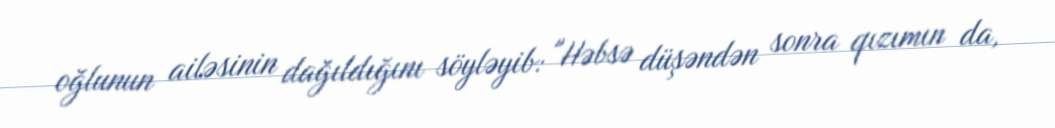
oğlunun ailəsinin dağıldığını söyləyib: "Həbsə düşəndən sonra qızımın da,